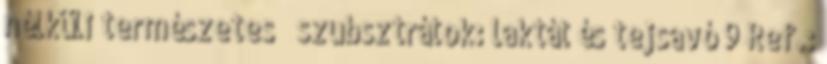
nélküli természetes  szubsztrátok: laktát és tejsavó 9 Ref.: